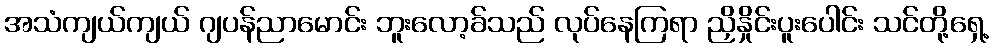
အသံကျယ်ကျယ် ဂျပန်ညာမောင်း ဘူးလော့ခ်သည် လုပ်နေကြရာ ညှိနှိုင်းပူးပေါင်း သင်တို့ရှေ့